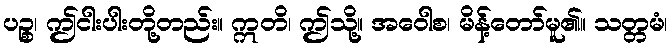
ပဉ္စ၊ ဤငါးပါးတို့တည်း။ ဣတိ၊ ဤသို့။ အဝေါစ၊ မိန့်တော်မူ၏။ သတ္တမံ၊